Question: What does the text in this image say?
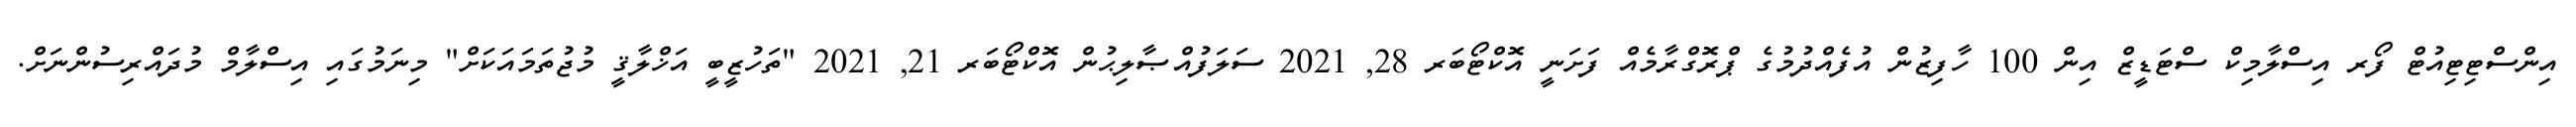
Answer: އިންސްޓިޓިއުޓް ފޯރ އިސްލާމިކް ސްޓަޑީޒް އިން 100 ހާފިޒުން އުފެއްދުމުގެ ޕްރޮގްރާމެއް ފަށަނީ އޮކްޓޯބަރ 28, 2021 ސަލަފުއްޞާލިޙުން އޮކްޓޯބަރ 21, 2021 "ތަހުޒީބީ އަޚްލާޤީ މުޖުތަމައަކަށް" މިނަމުގައި އިސްލާމް މުދައްރިސުންނަށް.